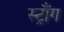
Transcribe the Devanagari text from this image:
स्ट्रौंग